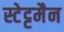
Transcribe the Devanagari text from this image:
स्टेट्टमैन